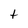
Character: t